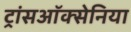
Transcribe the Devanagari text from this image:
ट्रांसऑक्सेनिया